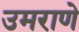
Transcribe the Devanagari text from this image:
उमराणे